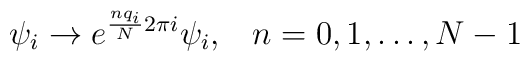
\psi_i \to e^{\frac{nq_i}{N}2\pi i} \psi_i,\; \; \; n=0,1,\ldots ,N-1